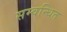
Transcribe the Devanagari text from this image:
सम्वन्धित